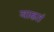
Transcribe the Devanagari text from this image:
वाढतं